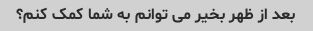
بعد از ظهر بخیر می توانم به شما کمک کنم؟